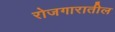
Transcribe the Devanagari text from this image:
रोजगारातील